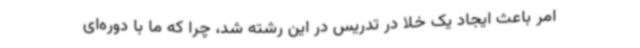
امر باعث ایجاد یک خلا در تدریس در این رشته شد، چرا که ما با دوره‌ای